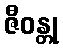
ဇီဝန္တု